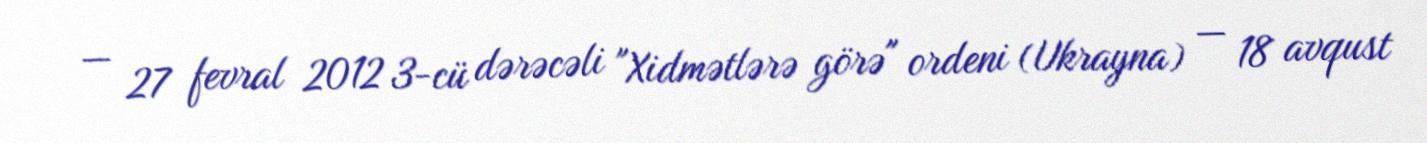
— 27 fevral 2012 3-cü dərəcəli "Xidmətlərə görə" ordeni (Ukrayna) — 18 avqust